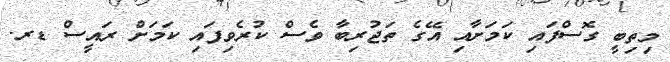
މިތިބީ ގޮސްފައި ކަމަށާއި އޭގެ ތަޖުރިބާ ވެސް ކުރެވިފައި ކަމަށް ރައީސް ޑރ.